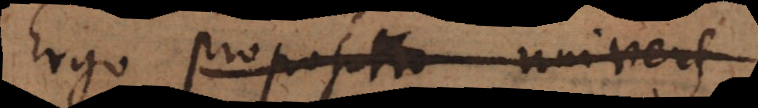
quia propositio universalis